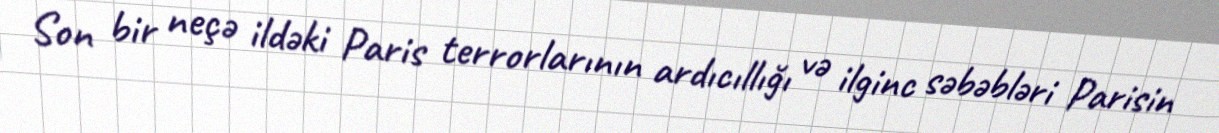
Son bir neçə ildəki Paris terrorlarının ardıcıllığı və ilginc səbəbləri Parisin